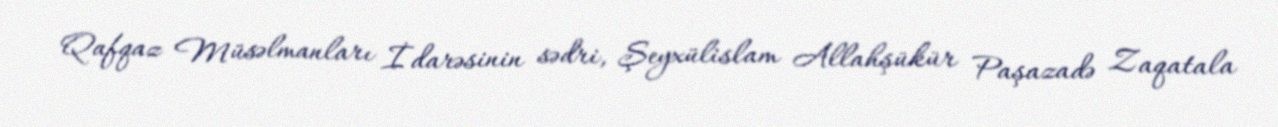
Qafqaz Müsəlmanları İdarəsinin sədri, Şeyxülislam Allahşükür Paşazadə Zaqatala